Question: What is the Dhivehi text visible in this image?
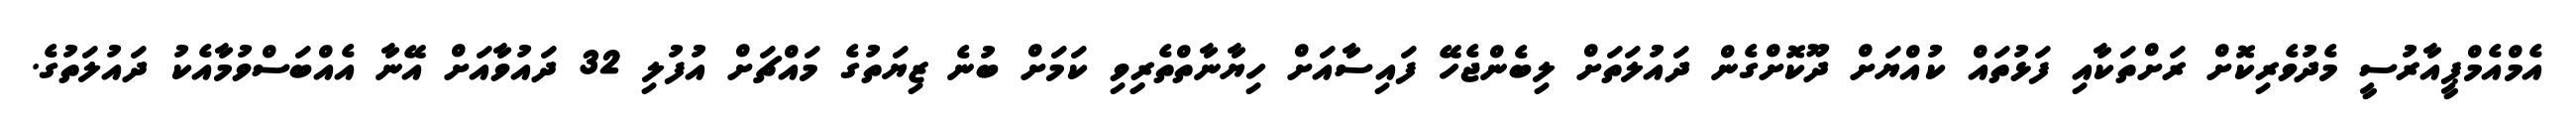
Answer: އެމްއެމްޕީއާރުސީ މެދުވެރިކޮށް ރަށްތަކާއި ފަޅުތައް ކުއްޔަށް ދޫކޮށްގެން ދައުލަތަށް ލިބެންޖެހޭ ފައިސާއަށް ހިޔާނާތްތެރިިވި ކަމަށް ބުނެ ޒިޔަތުގެ މައްޗަށް އުފުލި 32 ދައުވާއަށް އޭނާ އެއްބަސްވުމާއެކު ދައުލަތުގެ.